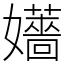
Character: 𡤑